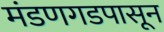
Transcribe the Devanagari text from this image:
मंडणगडपासून